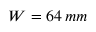
W = 6 4 \: m m